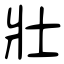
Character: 壯